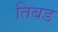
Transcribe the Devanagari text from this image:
तिबड